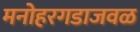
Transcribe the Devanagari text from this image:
मनोहरगडाजवळ